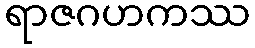
ရာဇဂဟကဿ